Report on sanitation, dispensaries, and jails in Rajputana for 1909, and on vaccination for the year 1909-1910 - 1909-1910
Year: 1909
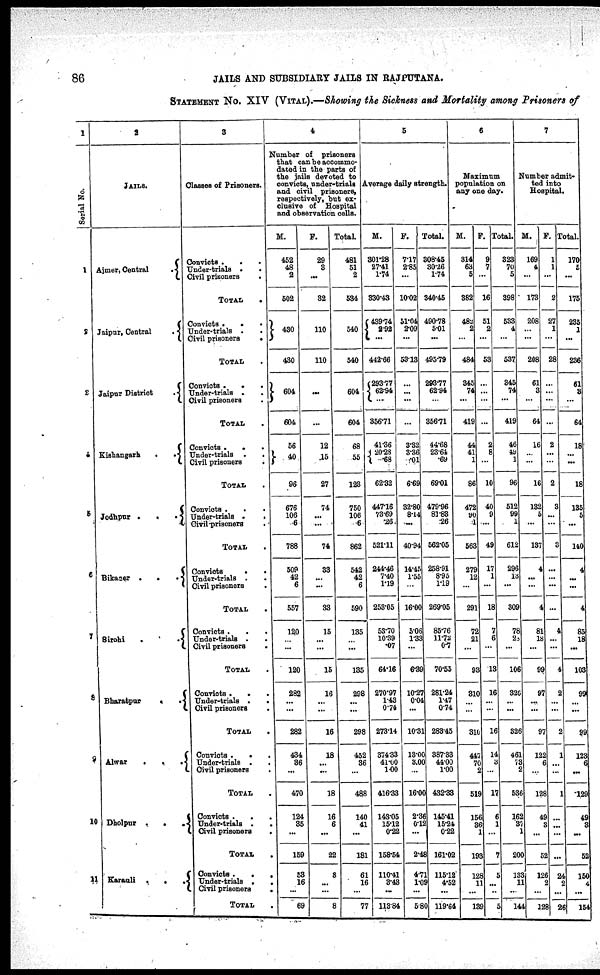
86
JAILS AND SUBSIDIARY JAILS IN RAJPUTANA.
STATEMENT No. XIV (VITAL).—Showing the Sickness and Mortality among Prisoners of
1
Serial No.
1
2
3
4
5
6
7
8
9
10
11
2
JAILS.
Ajmer, Central
.
Jaipur, Central
.
Jaipur District
.
Kishangarh
.
.
Jodhpur .
.
.
Bikaner .
.
.
Sirohi
.
.
Bharatpur
.
.
Alwar
.
.
.
Dholpur .
.
.
Karauli
.
.
.
3
Classes of Prisoners.
Convicts . .
Under-trials . .
Civil prisoners
.
TOTAL
.
Convicts .
.
.
Under-trials . .
Civil prisoners
.
TOTAL .
Convicts . . .
Under-trials . .
Civil prisoners .
TOTAL
.
Convicts .
.
.
Under-trials .
.
Civil prisoners
.
TOTAL .
Convicts .
.
.
Under-trials .
.
Civil-prisoners .
TOTAL .
Convicts
.
.
Under-trials . .
Civil prisoners .
TOTAL
.
Convicts.
.
.
Under-trials .
.
Civil prisoners
.
TOTAL .
Convicts .
.
.
Under-trials .
.
Civil prisoners
.
TOTAL
.
Convicts
.
. .
Under-trials .
.
Civil prisoners .
TOTAL .
Convicts .
.
.
Under-trials .
.
Civil prisoners
.
TOTAL .
Convicts.
.
.
Under-trials .
.
Civil prisoners
.
TOTAL .
4
Number of prisoners
that can be accommo-
dated in the parts of
the jails devoted to
convicts, under-trials
and civil prisoners,
respectively, but ex-
clusive of Hospital
and observation cells.
M.
452
48
2
502
480
430
604
604
56
40
96
676
106
6
788
509
42
6
557
120
...
...
120
282
...
...
282
434
36
...
470
124
35
...
159
53
16
...
69
F.
29
3
...
32
110
110
...
...
12
15
27
74
...
...
74
33
...
...
33
15
...
...
15
16
...
...
16
18
...
...
18
16
6
...
22
8
...
...
8
Total.
481
51
2
534
540
540
604
604
68
55
123
750
106
6
862
542
42
6
590
135
...
...
135
298
...
...
298
452
36
...
488
140
41
...
181
61
16
...
77
5
Average daily strength.
M.
301.28
27.41
1.74
330.43
439.74
2.92
...
442.66
293.77
62.94
...
356.71
41.36
20.28
.68
62.32
447.16
73.69
.26
521.11
244.46
7.40
1.19
253.05
53.70
10.39
.07
64.16
270.97
1.43
0.74
273.14
374.33
41.00
1.00
416.33
143.05
15.12
0.22
158.54
110.41
3.43
...
113.84
F.
7.17
2.85
...
10.02
51.04
2.09
...
53.13
...
...
...
...
3.32
3.36
.01
6.69
32.80
8.14
...
40.94
14.45
1.55
...
16.00
5.06
1.33
...
6.39
10.27
0.04
...
10.31
13.00
3.00
...
16.00
2.36
0.12
...
2.48
4.71
1.09
...
5.80
Total.
308.45
30.26
1.74
340.45
490.78
5.01
...
495.79
293.77
62.94
...
356.71
44.68
23.64
.69
69.01
479.96
81.83
.26
562.05
258.91
8.95
1.19
269.05
85.76
11.72
0.7
70.55
281.24
1.47
0.74
283.45
387.33
44.00
1.00
432.33
145.41
15.24
0.22
161.02
115.12
4.52
...
119.64
6
Maximum
population on
any one day.
M.
314
63
5
382
482
2
...
484
345
74
...
419
44
41
1
86
472
90
1
563
279
12
...
291
72
21
...
93
310
...
...
310
447
70
2
519
156
36
1
193
128
11
...
139
F.
9
7
...
16
51
2
...
53
...
...
...
...
2
8
...
10
40
9
...
49
17
1
...
18
7
6
...
18
16
...
...
16
14
3
...
17
6
1
...
7
5
...
...
5
Total.
323
70
5
398
533
4
...
537
345
74
...
419
46
49
1
96
512
99
1
612
296
13
...
309
78
28
...
106
326
...
...
326
461
73
2
536
162
37
1
200
133
11
...
144
7
Number admit¬
ted into
Hospital.
M.
169
4
...
173
208
...
...
208
61
3
...
64
16
...
...
16
132
5
...
137
4
...
...
4
81
18
...
99
97
...
...
97
122
6
...
128
49
3
...
52
126
2
...
128
F.
1
1
...
2
27
1
...
28
...
...
...
...
2
...
...
2
3
...
...
3
...
...
...
...
4
...
...
4
2
...
...
2
1
...
...
1
...
...
...
...
24
2
...
26
Total.
170
5
...
175
235
1
...
236
61
3
...
64
18
...
...
18
135
5
...
140
4
...
...
4
85
18
...
103
99
...
...
99
123
6
...
129
49
3
...
52
150
4
...
154